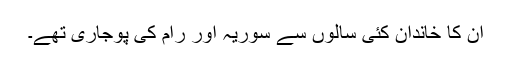
ان کا خاندان کئی سالوں سے سوریہ اور رام کی پوجاری تھے۔